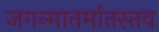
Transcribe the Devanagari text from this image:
जगन्मातर्मातस्तव